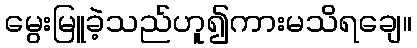
မွေးမြူခဲ့သည်ဟူ၍ကားမသိရချေ။